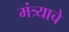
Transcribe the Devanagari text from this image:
मंत्र्याचे